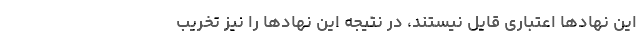
این نهادها اعتباری قایل نیستند، در نتیجه این نهادها را نیز تخریب